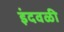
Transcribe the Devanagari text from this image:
इंदवळी